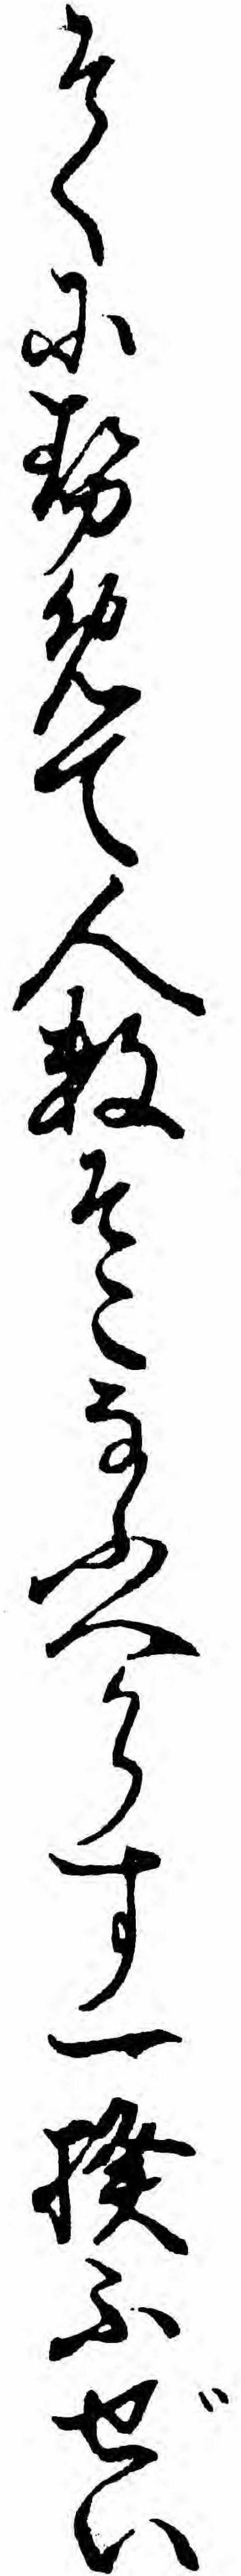
そくにせめて人数そこなふへからす一揆ふぜい